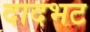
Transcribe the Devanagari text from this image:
दादभट